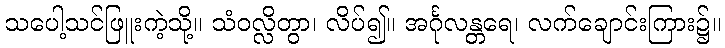
သပေါ့သင်ဖြူးကဲ့သို့။ သံဝလ္လိတွာ၊ လိပ်၍။ အင်္ဂုလန္တရေ၊ လက်ချောင်းကြား၌။